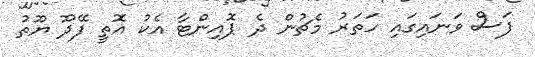
ފަސް ވަނައިގައި ހަތަރު މެޗުން ދެ ޕޮއިންޓާ އެކު އޮތީ ފޭދޫ ޔޫތު